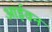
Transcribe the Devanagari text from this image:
आईवन